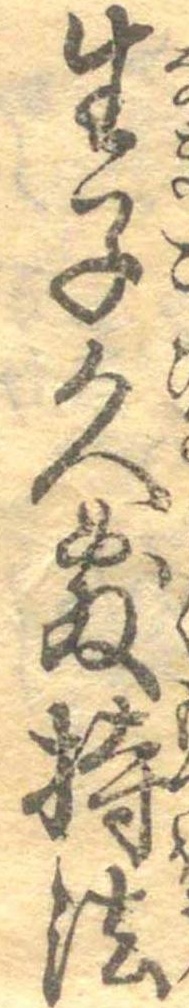
生子久敷持法